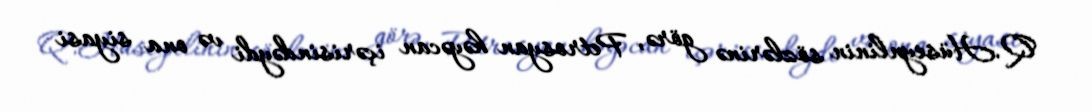
Q.Hüseynlinin sözlərinə görə, Petrosyan həyəcan içərisindəydi və ona siyasi